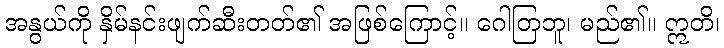
အနွယ်ကို နှိမ်နင်းဖျက်ဆီးတတ်၏ အဖြစ်ကြောင့်။ ဂေါတြဘူ၊ မည်၏။ ဣတိ၊